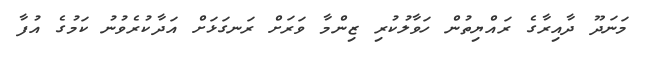
މަނަދޫ ދާއިރާގެ ރައްޔިތުން ހަވާލުކުރި ޒިންމާ ވަރަށް ރަނގަޅަށް އަދާކުރެވުނު ކަމުގެ އުފާ